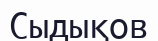
Сыдықов